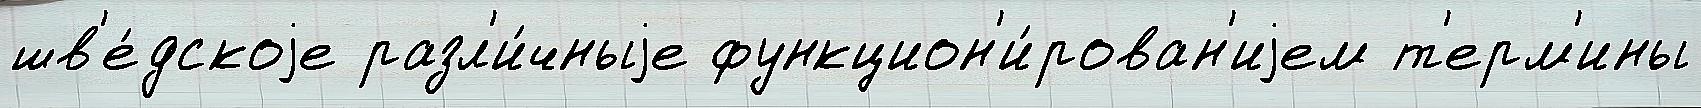
шв'е́дскоjе разл'и́чныjе функцион'и́рован'иjем т'ерм'ины